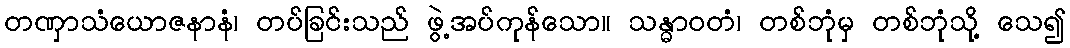
တဏှာသံယောဇနာနံ၊ တပ်ခြင်းသည် ဖွဲ့အပ်ကုန်သော။ သန္ဓာဝတံ၊ တစ်ဘုံမှ တစ်ဘုံသို့ သေ၍